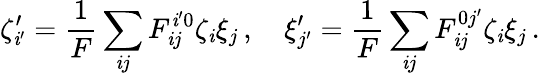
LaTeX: \zeta_{\mathit{i}^{\prime}}^{\prime}=\frac{{1}}{{F}}\sum_{\mathit{i}j}F_{\mathit{i}j}^{\mathit{i}^{\prime}0}\zeta_{\mathit{i}}\xi_{j}\, ,\quad\xi_{j^{\prime}}^{\prime}=\frac{{1}}{{F}}\sum_{\mathit{i}j}F_{\mathit{i}j}^{0j^{\prime}}\zeta_{\mathit{i}}\xi_{j}\, .